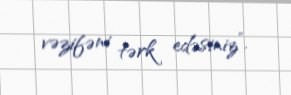
vəzifəni tərk edəsiniz”.